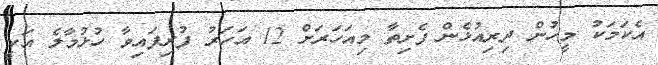
އެކަމަކު މީހުން ދިރިއުޅެން ފެށިތާ މިއަހަރަށް 12 އަހަރު ފުރިފައިވާ ހުޅުމާލެ އަކީ